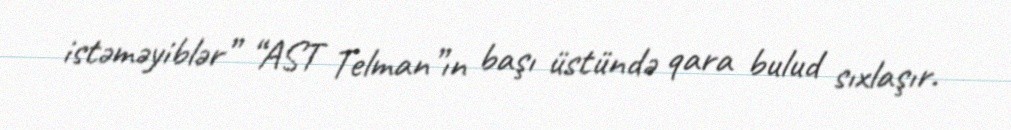
istəməyiblər” “AST Telman”ın başı üstündə qara bulud sıxlaşır.